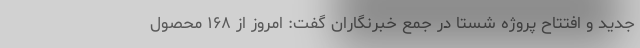
جدید و افتتاح پروژه شستا در جمع خبرنگاران گفت: امروز از ۱۶۸ محصول